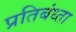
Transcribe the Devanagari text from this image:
प्रतिबंध्ता